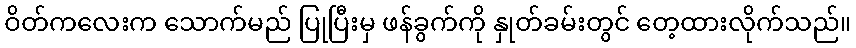
ဝိတ်ကလေးက သောက်မည် ပြုပြီးမှ ဖန်ခွက်ကို နှုတ်ခမ်းတွင် တေ့ထားလိုက်သည်။